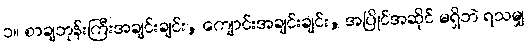
၁။ စာချဘုန်းကြီးအချင်းချင်း, ကျောင်းအချင်းချင်း, အပြိုင်အဆိုင် မရှိဘဲ ရသမျှ